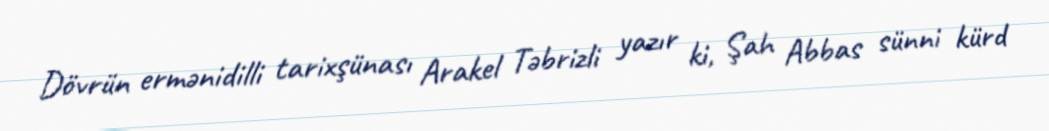
Dövrün ermənidilli tarixşünası Arakel Təbrizli yazır ki, Şah Abbas sünni kürd